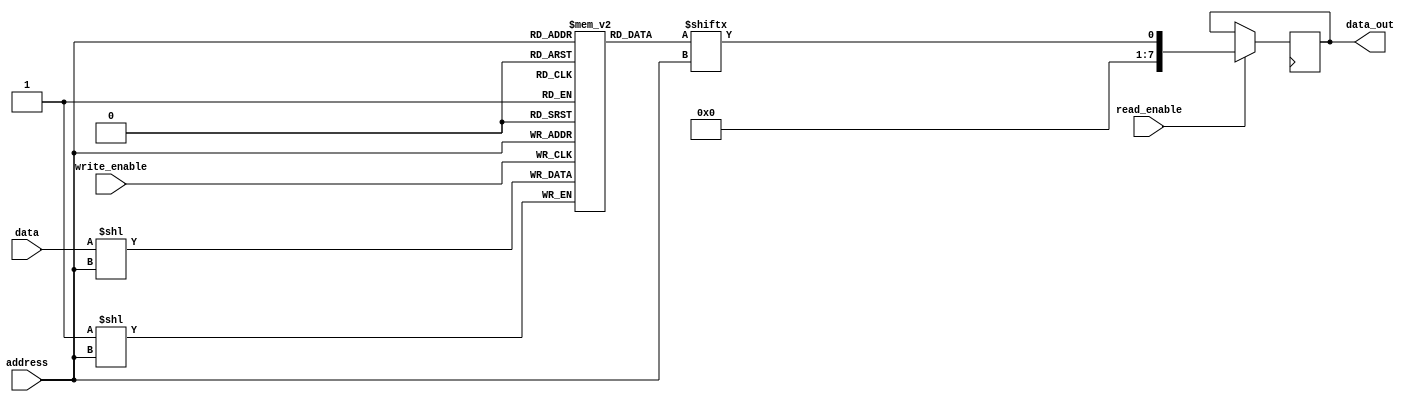
module mem_blocks_DRAM(
    input wire [7:0] address,
    input wire data,
    input wire write_enable,
    input wire read_enable,
    output wire [7:0] data_out
);

// Memory array
reg [7:0] memory_array [0:255];

// Row decoder
reg [7:0] selected_row;
always @ (address)
    selected_row = address[7:0];

// Column decoder
reg [7:0] selected_column;
always @ (address)
    selected_column = address[7:0];

// Sense amplifiers
wire sensed_data;
assign sensed_data = memory_array[selected_row][selected_column];

// Write circuitry
always @ (posedge write_enable)
    if (write_enable)
        memory_array[selected_row][selected_column] = data;

// Control logic
// (Assuming control logic implementation)
// Coordinate the operation of row and column decoders, sense amplifiers, and write circuitry

// Read operation
always @ (posedge clk)
    if (read_enable)
        data_out <= sensed_data;

endmodule